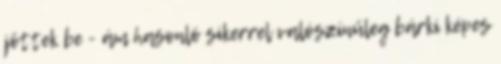
jöttek be - ám hasonló sikerrel valószínűleg bárki képes